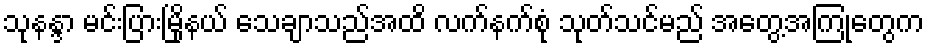
သုနန္ဒာ မင်းပြားမြိုနယ် သေချာသည်အထိ လက်နက်စုံ သုတ်သင်မည် အတွေ့အကြုံတွေက